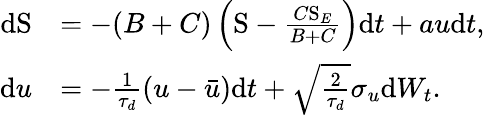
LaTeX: \begin{array}{rl}{\mathrm{d}\mathrm{S}}&{=-(B+C)\left(\mathrm{S}-\frac{C\mathrm{S}_{E}}{B+C}\right)\mathrm{d}t+au\mathrm{d}t,}\\ {\mathrm{d}u}&{=-\frac{1}{\tau_{d}}\left(u-\bar{u}\right)\mathrm{d}t+\sqrt{\frac{2}{\tau_{d}}}\sigma_{u}\mathrm{d}W_{t}.}\end{array}